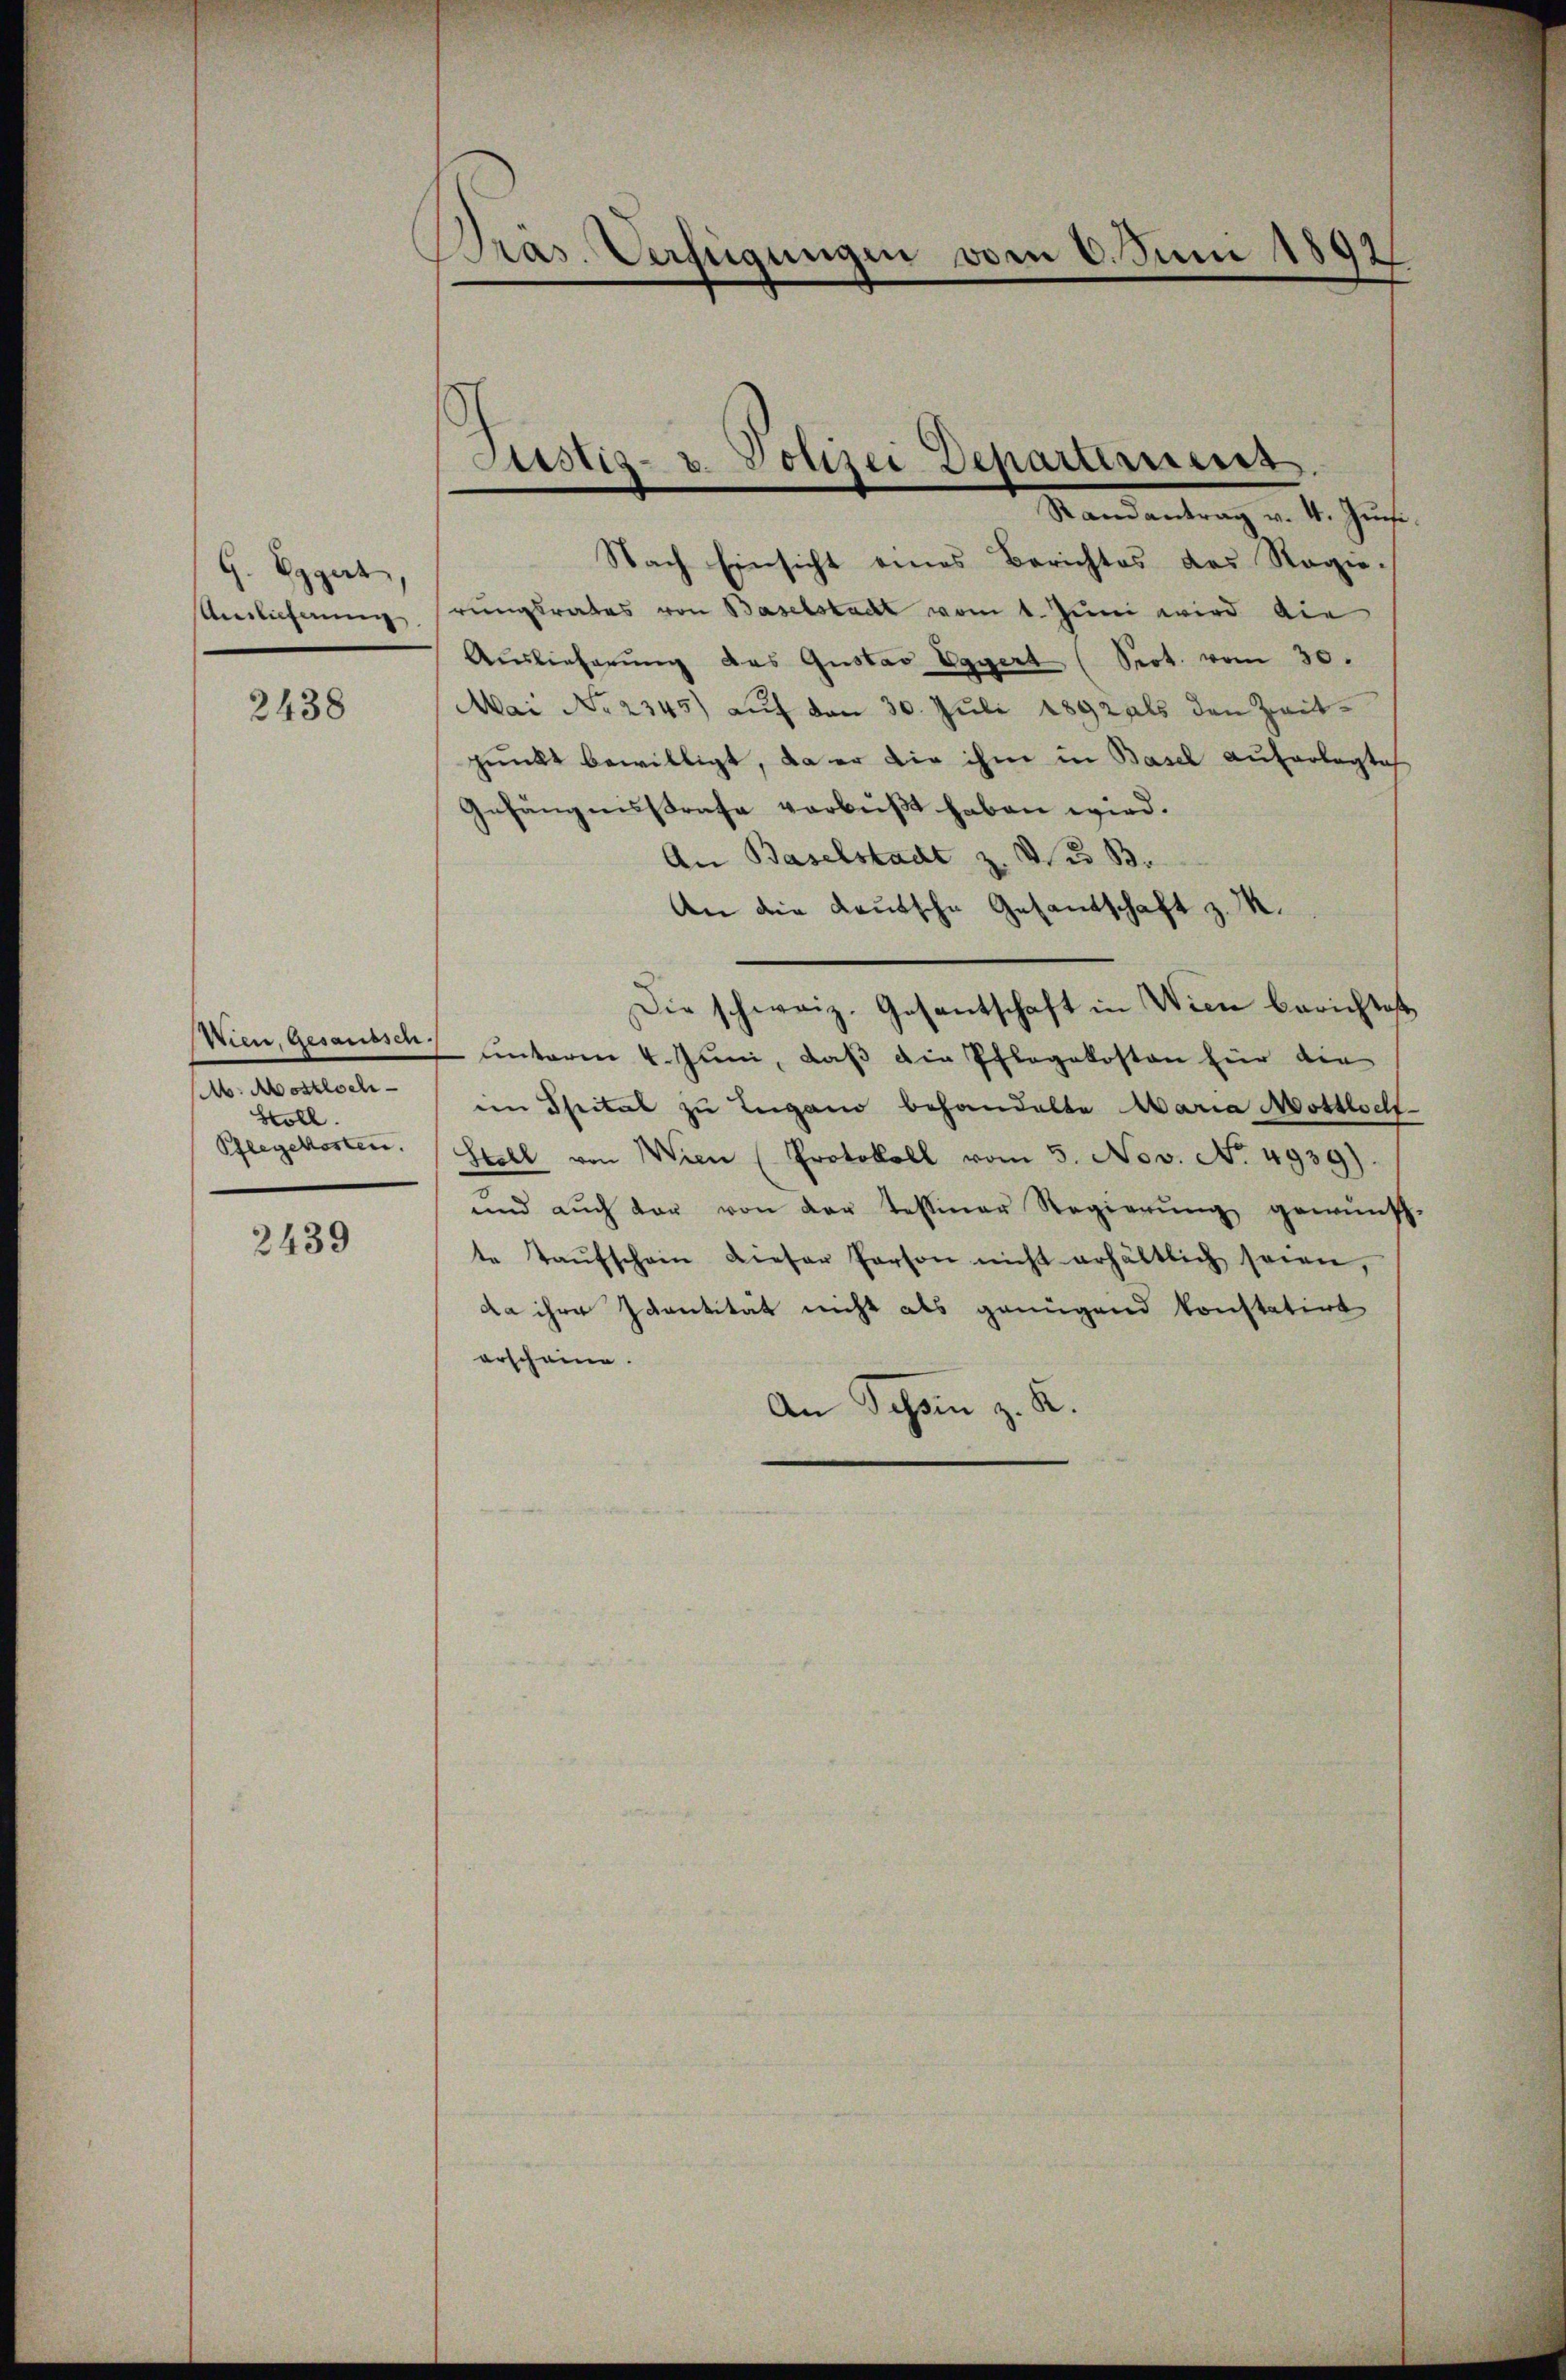
G. Eggert,
Anslicherung

2438

M. Mostloch-
Stoll
Pflegekosten.

2439

Präs. Verfügungen vom 6. Juni 1892

Randantrag v. 4. Juni.
Nach Einsicht eines Berichtes des Regie-
rungsrates von Baselstadt vom 1. Juni wird die
Auslieferŭng des Gustav Eggert (Seot. vom 30.
Mai No 2345) auf den 30. Juli 1892 als den Zeitpunkt bewilligt, da er die ihm in Basel auferlegte
Gefängnisstrafe verbüßt haben wird.
An Baselstadt z. V. B.
An die Kautsche Gesandschaft z. M.
Die schweiz. Gesantschaft in Wien berichtet,
Wien, Gesausset, unterm 4. Juni, daß die Pflegekosten für die
im Theital zu Lugano behandelte Maria Mottloch-
Stell von Wien (Protokoll vom 5. Nov. No. 4939).
und aŭch vor von der Tessiner Regierŭng gewünsch-
te Kaŭfschein dieser Person nicht erhältlich seien,
da ihre Identität nicht als genügend konstatirt
erscheine.
An Tessin z. K.

Justiz- u. Polizei Departemens